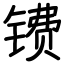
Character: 镄